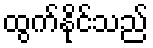
ထွက်နိုင်သည်